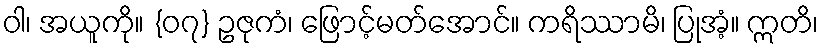
ဝါ၊ အယူကို။ {၀၇} ဥဇုကံ၊ ဖြောင့်မတ်အောင်။ ကရိဿာမိ၊ ပြုအံ့။ ဣတိ၊